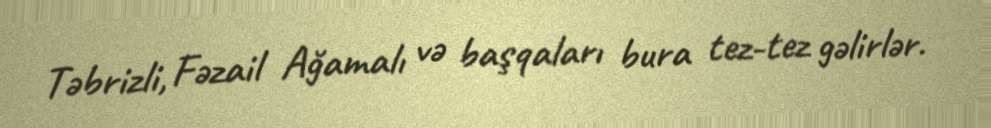
Təbrizli, Fəzail Ağamalı və başqaları bura tez-tez gəlirlər.